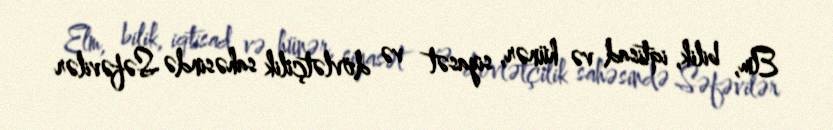
Elm, bilik, iqtisad və hünər, siyasət və dövlətçilik sahəsində Səfəvilər